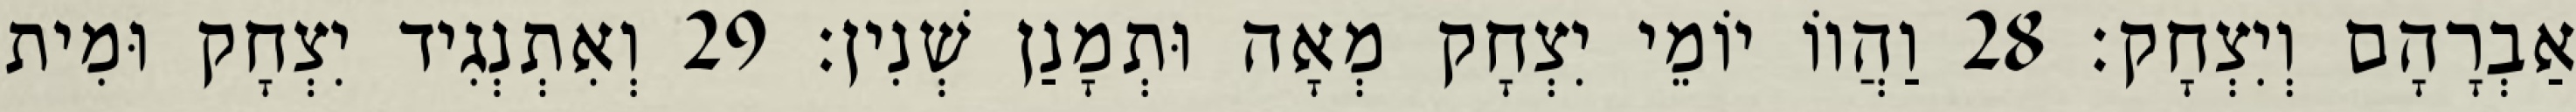
אַבְרָהָם וְיִצְחָק׃ 28 וַהֲווֹ יוֹמֵי יִצְחָק מְאָה וּתְמָנַן שְׁנִין׃ 29 וְאִתְנְגִיד יִצְחָק וּמִית